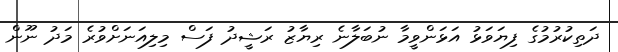
ދަތިކުރުމުގެ ފިޔަވަޅު އަޅަންވީމާ ނުބަލާނެ ރިޔާޒު ރަޝީދު ފަސް މިލިއަނަށްވުރެ މަދު ނޫން